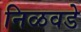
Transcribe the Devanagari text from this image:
निळवडे